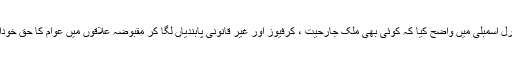
منیر اکرم نے اقوام متحدہ کی جنرل اسمبلی میں واضح کیا کہ کوئی بھی ملک جارحیت ، کرفیوز اور غیر قانونی پابندیاں لگا کر مقبوضہ علاقوں میں عوام کا حق خودارادیت غصب نہیں کر سکتا ہے۔